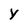
Character: Y